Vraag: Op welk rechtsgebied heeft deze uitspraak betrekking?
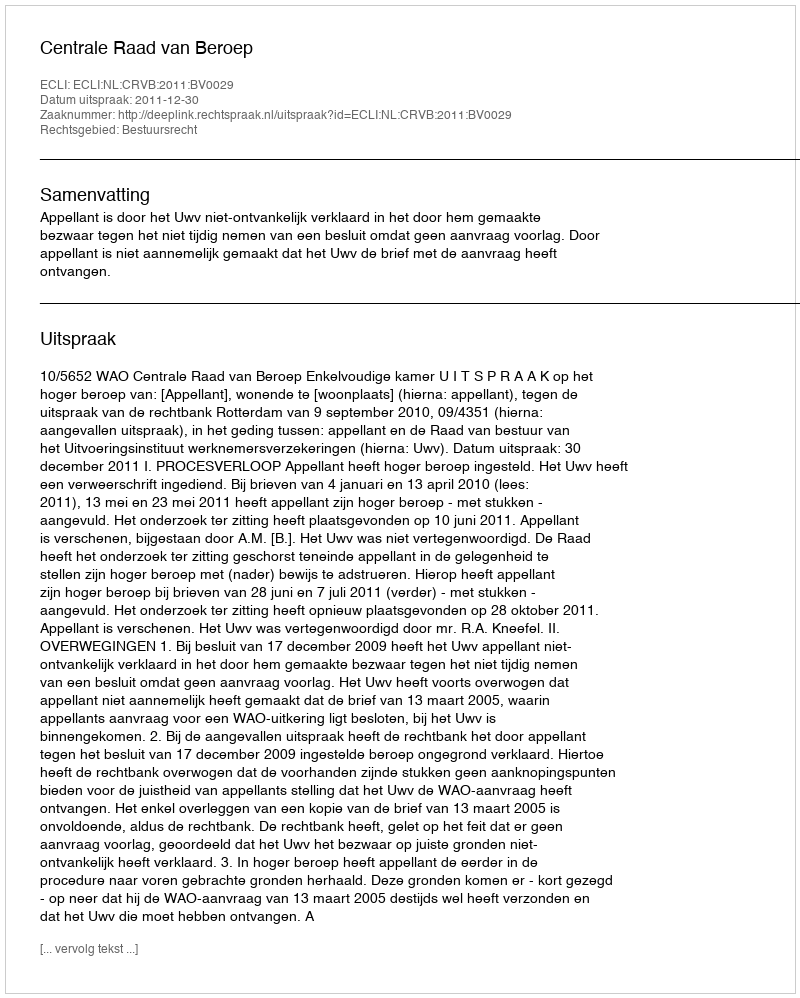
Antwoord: Bestuursrecht